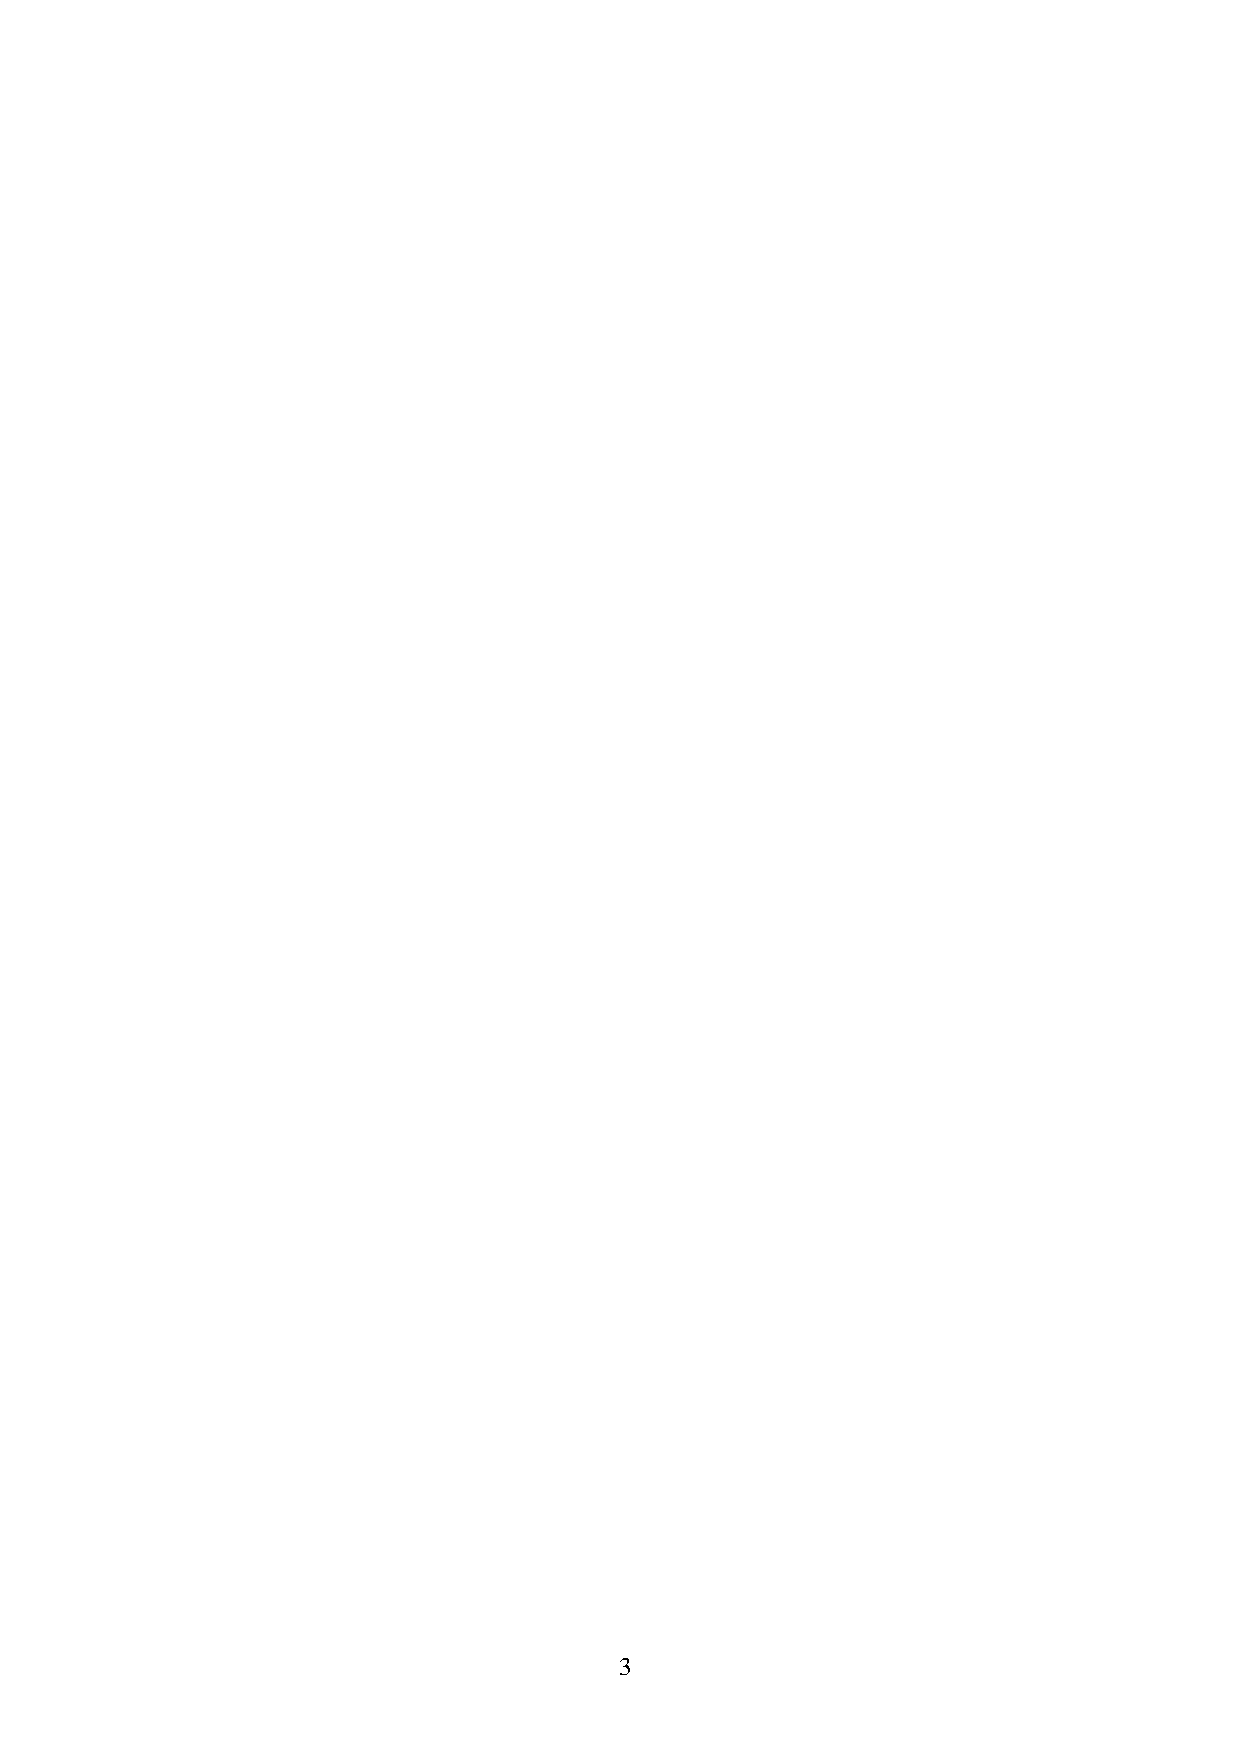
3